Rangoon Lunatic Asylum 1878-1892 - 1878-1892
Year: 1878
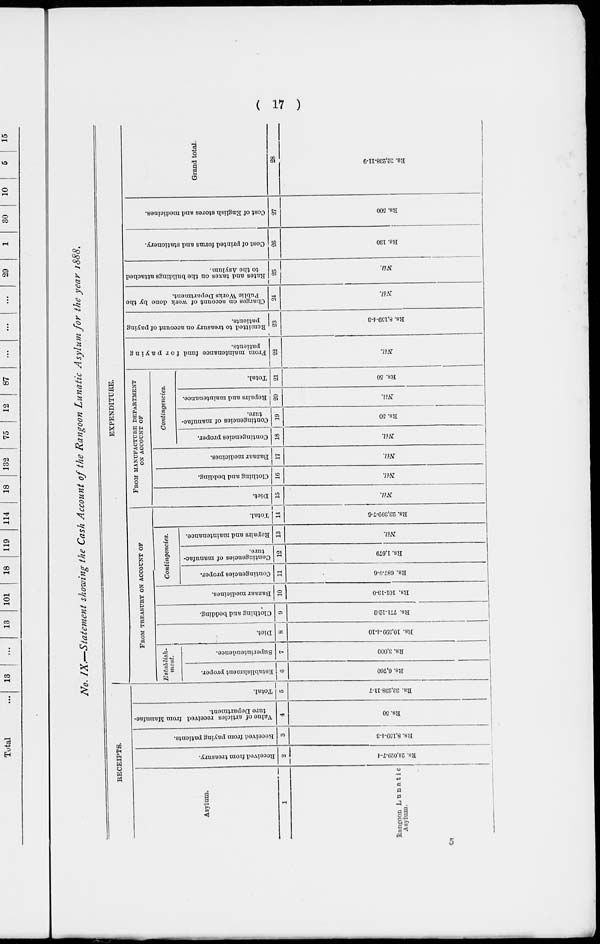
( 17 )
No. IX.—Statement showing the Cash Account of the Rangoon Lunatic Asylum for the year 1888.
RECEIPTS.
Asylum.
1
Rangoon Lunatic
Asylum.
Received from treasury.
2
Rs. 24,029-7-4
Received from paying patients.
3
Rs. 8,159-4-3
Value of articles received from Manufac-
ture Department.
4
Rs. 50
Total.
5
Rs. 32,238-11-7
EXPENDITURE.
FROM TREASURY ON ACCOUNT OF
Establish-
ment.
Establishment proper.
6
Rs. 6,760
Superintendence.
7
Rs. 3,000
Diet.
8
Rs. 10,399-4-10
Clothing and bedding.
9
Rs. 771-12-2
Bazaar medicines.
10
Rs. 101-13-0
Contingencies.
Contingencies proper.
11
Rs. 687-9-6
Contingencies of manufac-
ture.
12
Rs. 1,679
Repairs and maintenance.
13
Nil.
Total.
14
Rs. 23,399-7-6
FROM MANUFACTURE DEPARTMENT
ON ACCOUNT OF
Diet.
15
Nil.
Clothing and bedding.
16
Nil.
Bazaar medicines.
17
Nil.
Contingencies.
Contingencies proper.
18
Nil.
Contingencies of manufac-
ture.
19
Rs. 50
Repairs and maintenance.
20
Nil.
Total.
21
Rs. 50
From maintenance fund for paying
patients.
22
Nil.
Remitted to treasury on account of paying
patients.
23
Rs. 8,159-4-3
Charges on account of work done by the
Public Works Department.
24
Nil.
Rates and taxes on the buildings attached
to the Asylum.
25
Nil.
Cost of printed forms and stationery.
26
Rs. 130
Cost of English stores and medicines.
27
Rs. 500
Grand total.
28
Rs. 32,238-11-9
5